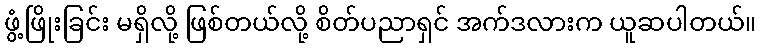
ဖွံ့ဖြိုးခြင်း မရှိလို့ ဖြစ်တယ်လို့ စိတ်ပညာရှင် အက်ဒလားက ယူဆပါတယ်။